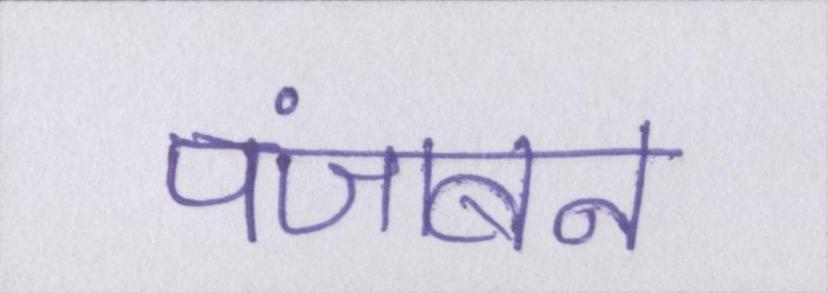
पंजाबन